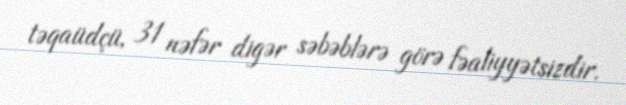
təqaüdçü, 31 nəfər digər səbəblərə görə fəaliyyətsizdir.